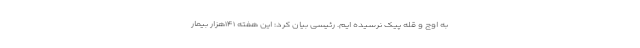
به اوج و قله پیک نرسیده ایم. رئیسی بیان کرد: این هفته ۱۴۱هزار بیمار